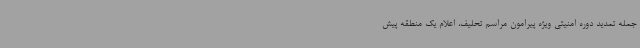
جمله تمدید دوره امنیتی ویژه پیرامون مراسم تحلیف، اعلام یک منطقه پیش